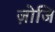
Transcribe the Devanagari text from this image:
ज़ोजि